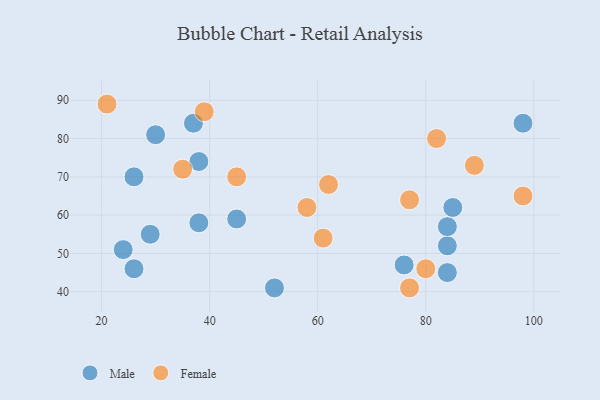
{"axis": {"x": "GDP", "y": "Life Expectancy"}, "legend": ["Female", "Male"], "data": [{"x": "84", "y": 52, "type": "Male"}, {"x": "30", "y": 81, "type": "Male"}, {"x": "38", "y": 74, "type": "Male"}, {"x": "24", "y": 51, "type": "Male"}, {"x": "84", "y": 57, "type": "Male"}, {"x": "29", "y": 55, "type": "Male"}, {"x": "38", "y": 58, "type": "Male"}, {"x": "45", "y": 59, "type": "Male"}, {"x": "26", "y": 70, "type": "Male"}, {"x": "52", "y": 41, "type": "Male"}, {"x": "26", "y": 46, "type": "Male"}, {"x": "76", "y": 47, "type": "Male"}, {"x": "85", "y": 62, "type": "Male"}, {"x": "37", "y": 84, "type": "Male"}, {"x": "98", "y": 84, "type": "Male"}, {"x": "84", "y": 45, "type": "Male"}, {"x": "82", "y": 80, "type": "Female"}, {"x": "77", "y": 64, "type": "Female"}, {"x": "45", "y": 70, "type": "Female"}, {"x": "80", "y": 46, "type": "Female"}, {"x": "62", "y": 68, "type": "Female"}, {"x": "98", "y": 65, "type": "Female"}, {"x": "89", "y": 73, "type": "Female"}, {"x": "58", "y": 62, "type": "Female"}, {"x": "61", "y": 54, "type": "Female"}, {"x": "77", "y": 41, "type": "Female"}, {"x": "35", "y": 72, "type": "Female"}, {"x": "21", "y": 89, "type": "Female"}, {"x": "39", "y": 87, "type": "Female"}]}